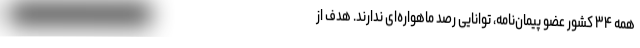
همه ۳۴ کشور عضو پیمان‌نامه، توانایی رصد ماهواره‌ای ندارند. هدف از